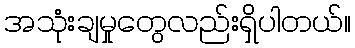
အသုံးချမှုတွေလည်းရှိပါတယ်။